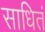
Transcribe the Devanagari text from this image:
साधितं